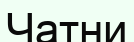
Чатни